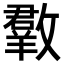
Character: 𣀆